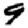
Digit: 9